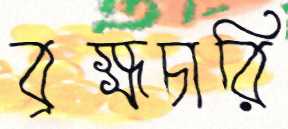
ব্রহ্মচারি